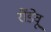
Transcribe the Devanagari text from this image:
रौंडेवू